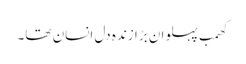
کھمب پہلوان بڑا زندہ دل انسان تھا۔